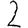
Digit: 2